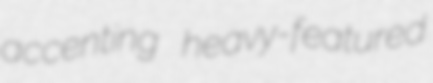
accenting heavy-featured